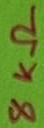
Text: 8KΩ